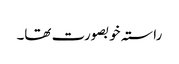
راستہ خوبصورت تھا۔